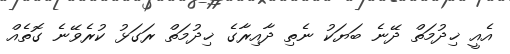
އެއީ ޚިދުމަތް ދޭނެ ބަޔަކު ނެތި ދާއިރާގެ ޚިދުމަތް ރަގަޅު ކުރެވޭނެ ގޮތެއް